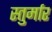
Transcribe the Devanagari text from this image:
स्तुर्मार